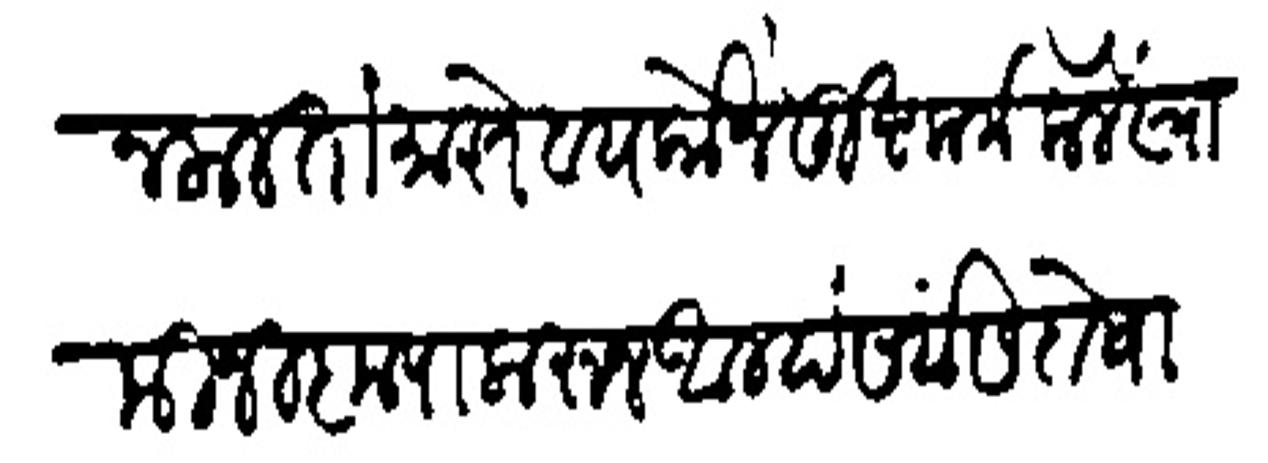
Transliteration (Devanagari): न कलतां माझे बायकोने दुष्ट कर्म केलें स्वामीनी कृपा करून आम्हा सर्वास दोषारूप